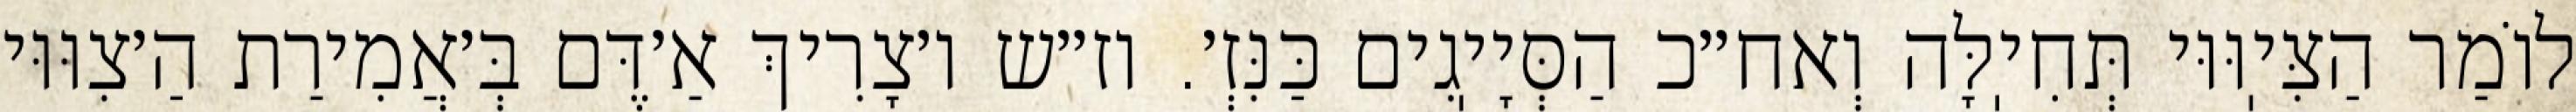
לוֹמַר הַצִּיֽוּוּי תְּחִיֽלָּה וְאח״כ הַסְּיָיֽגִים כַּנִּזְ׳. וז״ש ו׳צָרִיךְ אַ׳דֶּם בְּ׳אֲמִירַת הַ׳צִוּוּי